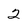
Character: 2